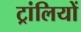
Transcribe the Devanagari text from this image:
ट्रांलियों